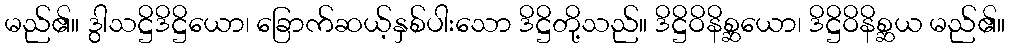
မည်၏။ ဒွါသဋ္ဌိဒိဋ္ဌိယော၊ ခြောက်ဆယ့်နှစ်ပါးသော ဒိဋ္ဌိတို့သည်။ ဒိဋ္ဌိဝိနိစ္ဆယော၊ ဒိဋ္ဌိဝိနိစ္ဆယ မည်၏။